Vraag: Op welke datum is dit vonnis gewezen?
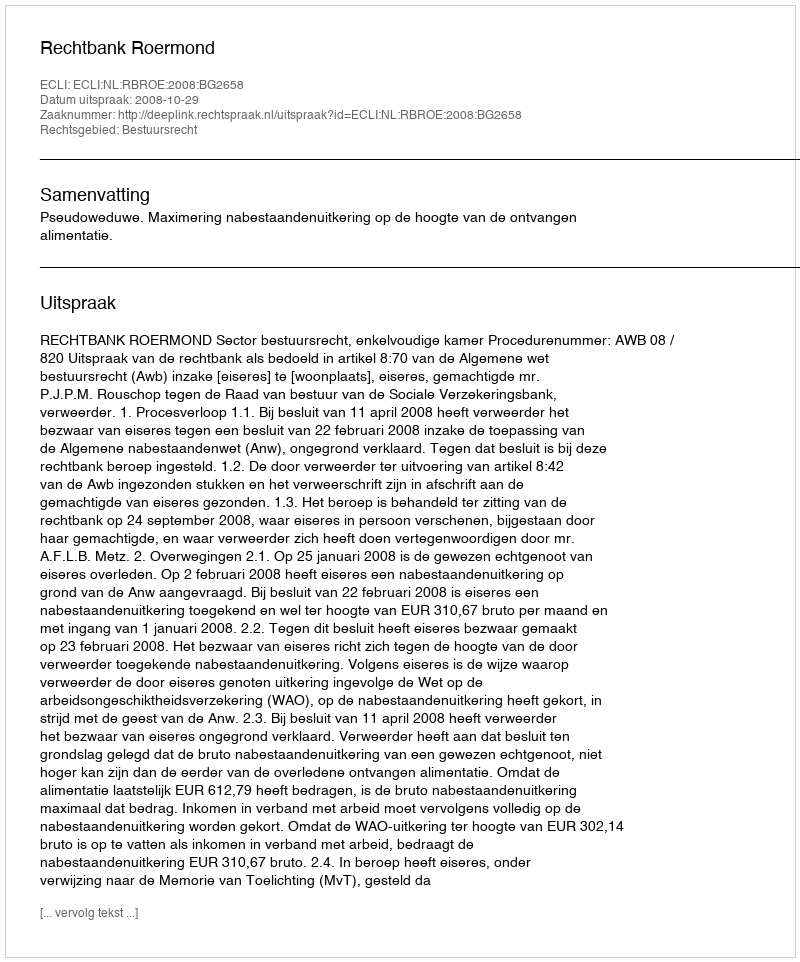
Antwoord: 2008-10-29